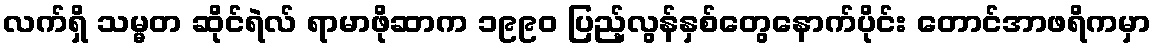
လက်ရှိ သမ္မတ ဆိုင်ရဲလ် ရာမာဖိုဆာက ၁၉၉၀ ပြည့်လွန်နှစ်တွေနောက်ပိုင်း တောင်အာဖရိကမှာ